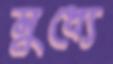
মুধ্যে